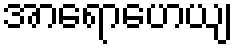
အာရောဟေယျ